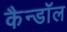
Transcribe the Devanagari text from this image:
कैन्डॉल